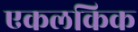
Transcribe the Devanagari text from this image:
एकलकिक